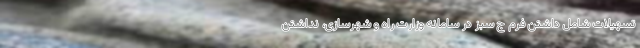
تسهیلات شامل داشتن فرم ج سبز در سامانه وزارت راه و شهرسازی، نداشتن